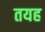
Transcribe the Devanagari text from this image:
तयह